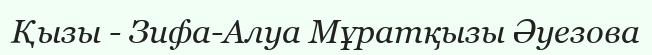
Қызы - Зифа-Алуа Мұратқызы Әуезова